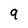
Character: 9